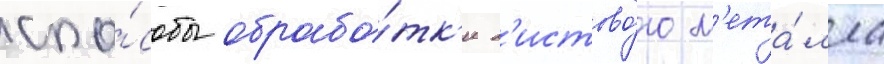
спо́собы обрабо́тк'и л'истово́го м'ета́лла